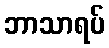
ဘာသာရပ်